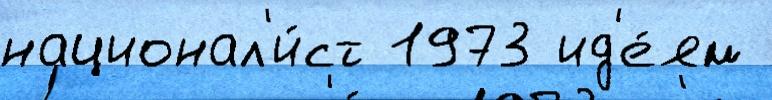
национал'и́ст 1973 ид'е́ям